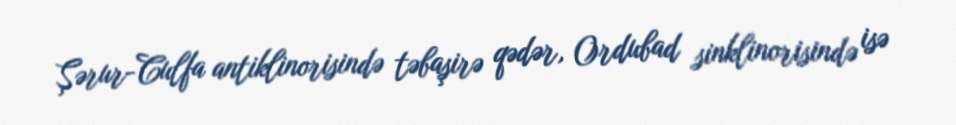
Şərur-Culfa antiklinorisində təbaşirə qədər, Ordubad sinklinorisində isə